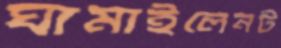
ঘামাইলেনট